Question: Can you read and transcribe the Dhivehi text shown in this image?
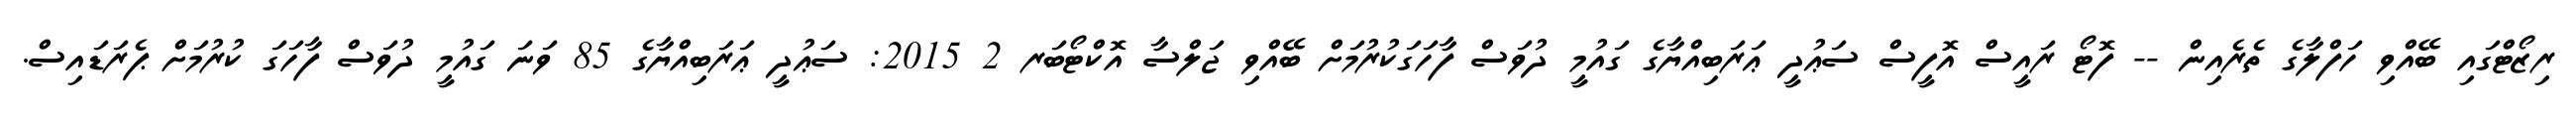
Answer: ރިޒޯޓްގައި ބޭއްވި ހަފްލާގެ ތެރެއިން -- ފޮޓޯ ރައީސް އޮފީސް ސަޢުދީ ޢަރަބިއްޔާގެ ގައުމީ ދުވަސް ފާހަގަކުރުމަށް ބޭއްވި ޖަލްސާ އޮކްޓޯބަރ 2 2015: ސަޢުދީ ޢަރަބިއްޔާގެ 85 ވަނަ ގައުމީ ދުވަސް ފާހަގަ ކުރުމަށް ޕެރަޑައިސް.